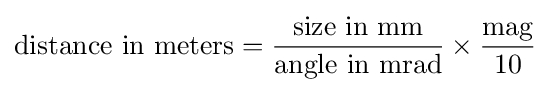
{\text{distance in meters}}={\frac {\text{size in mm}}{\text{angle in mrad}}}\times {\frac {\text{mag}}{10}}